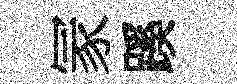
冡蹊